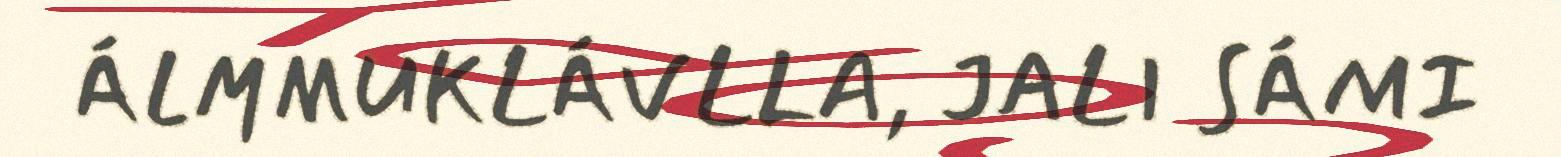
ÁLMMUKLÁVLLA, JALI SÁMI